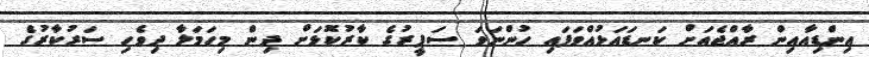
އިންޑިއާއިން ރާއްޖެއަށް ކަނޑައަޅުއްވަފައި ހުންނަވަ ސަފީރުގެ ކާރުކޮޅަށް ދިން މިހަމަލާ ދިވެހި ސަރުކާރުގެ